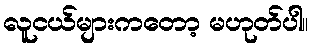
လူငယ်များကတော့ မဟုတ်ပါ။